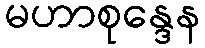
မဟာစုန္ဒေန